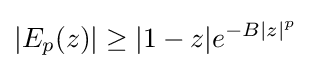
|E_{p}(z)|\geq |1-z|e^{-B|z|^{p}}